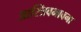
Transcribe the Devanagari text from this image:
आस्त्रिवभावना